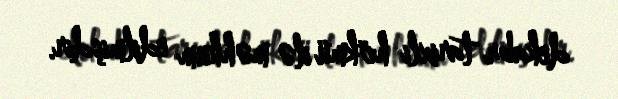
dekabr tarixli hökmü ilə məhkum edilmişdir.